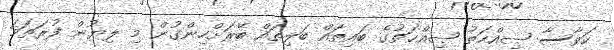
ކަވާސާ ޞިއްޙަތު ޞިއްޙަތުގެ ބައިތައް ބަލިތައް ބޭރަށްހިންގުން މި ލިޔުން ފުރަތަމަ